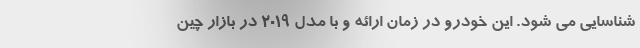
شناسایی می شود. این خودرو در زمان ارائه و با مدل 2019 در بازار چین